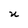
Character: U